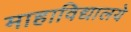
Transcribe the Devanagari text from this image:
माहाविद्यालये